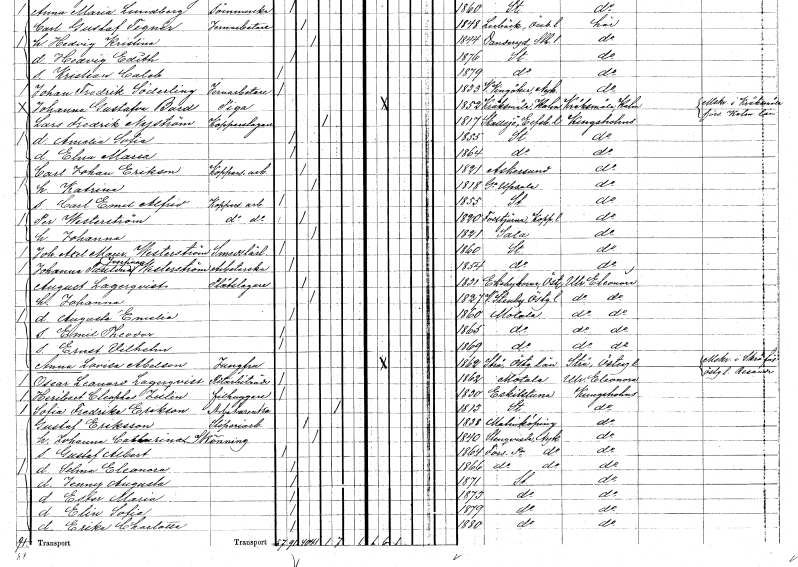
gt_parse: households: individuals: FN: Carl Emil Alfrid
YRKE: Kopparslageriarbetare
KON: M
CIV: O
FODAR: 1855
FODFORS: Stockholm
FN: Per
EN: Westerström
YRKE: Kopparslageriarbetare
KON: M
CIV: G
FODAR: 1820
FODFORS: Folkärna Kopparbergs län
FN: Johanna
KON: K
CIV: G
FODAR: 1821
FODFORS: Sala Västmanlands län
FN: Johan Axel Mauritz
EN: Westerström
YRKE: Smedslärling
KON: M
CIV: O
FODAR: 1860
FODFORS: Stockholm
FN: Johanna Paulina Josefina
EN: Westerström
YRKE: Arbeterska
KON: K
CIV: O
FODAR: 1854
FODFORS: Stockholm
FN: August
EN: Lagerqvist
YRKE: Plåtslagare
KON: M
CIV: G
FODAR: 1831
FODFORS: Ekebyborna Östergötlands län
FN: Johanna
KON: K
CIV: G
FODAR: 1827
FODFORS: Västra Stenby Östergötlands län
FN: Augusta Emelia
KON: K
CIV: O
FODAR: 1860
FODFORS: Motala Östergötlands län
FN: Emil Theodor
KON: M
CIV: O
FODAR: 1865
FODFORS: Motala Östergötlands län
FN: Ernst Vilhelm
KON: M
CIV: O
FODAR: 1869
FODFORS: Motala Östergötlands län
FN: Anna Lovisa
EN: Abelson
YRKE: Jungfru
KON: K
CIV: O
FODAR: 1862
FODFORS: Strå Östergötlands län
FN: Oscar Leonard
EN: Lagerqvist
YRKE: Ritbiträde
KON: M
CIV: O
FODAR: 1862
FODFORS: Motala Östergötlands län
FN: Heribert Cleophas
EN: Julin
YRKE: Filhuggare
KON: M
CIV: O
FODAR: 1830
FODFORS: Eskilstuna Södermanlands län
FN: Sofia Fredrika
EN: Erikson
YRKE: Arbetareänka
KON: K
CIV: E
FODAR: 1813
FODFORS: Stockholm
FN: Gustaf
EN: Eriksson
YRKE: Sliperiarbetare
KON: M
CIV: G
FODAR: 1838
FODFORS: Malmköping Södermanlands län
FN: Johanna Catharina
EN: Skönning
KON: K
CIV: G
FODAR: 1840
FODFORS: Stenkvista Södermanlands län
FN: Gustaf Albert
KON: M
CIV: O
FODAR: 1864
FODFORS: Fors Södermanlands län
FN: Selma Eleonora
KON: K
CIV: O
FODAR: 1866
FODFORS: Fors Södermanlands län
FN: Jenny Augusta
KON: K
CIV: O
FODAR: 1871
FODFORS: Stockholm
FN: Ester Maria
KON: K
CIV: O
FODAR: 1873
FODFORS: Stockholm
FN: Elin Sofia
KON: K
CIV: O
FODAR: 1879
FODFORS: Stockholm
FN: Erika Charlotta
KON: K
CIV: O
FODAR: 1880
FODFORS: Stockholm